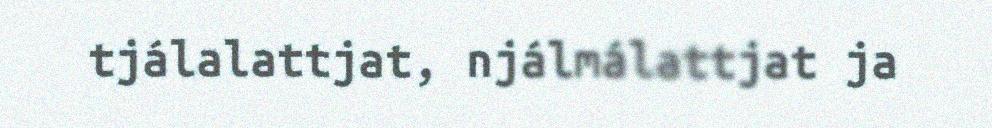
tjálalattjat, njálmálattjat ja